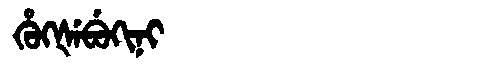
Manchu: ᡥᡠᡴᡧᡝᠪᡠᡴᡳᠨᡳ
Romanization: HUKŠEBUKINI